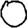
Digit: 0